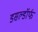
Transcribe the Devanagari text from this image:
डसल्डॉर्फ